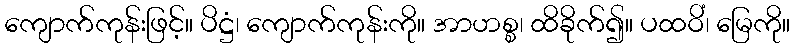
ကျောက်ကုန်းဖြင့်။ ပိဋ္ဌံ၊ ကျောက်ကုန်းကို။ အာဟစ္စ၊ ထိခိုက်၍။ ပထဝိံ၊ မြေကို။